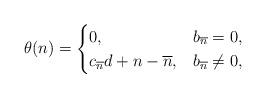
LaTeX: \begin{align*}\theta(n)=\begin{cases}0,& b_{\overline{n}}=0,\\c_{\overline{n}}d+n-\overline{n},& b_{\overline{n}}\neq0,\end{cases}\end{align*}